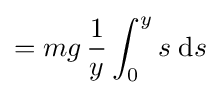
=mg\,{\frac {1}{y}}\int _{0}^{y}s\;\mathrm {d} s